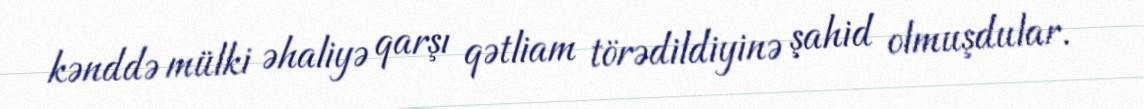
kənddə mülki əhaliyə qarşı qətliam törədildiyinə şahid olmuşdular.